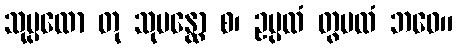
သုပ္ပထော တု သုပန္ထော စ၊ ဥပ္ပထံ တွပထံ ဘဝေ။